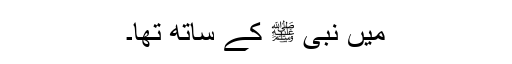
میں نبی ﷺ کے ساتھ تھا۔